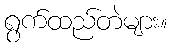
ရွက်ထည်တဲများ။